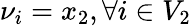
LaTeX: \nu_{i}=x_{2},\forall i\in V_{2}